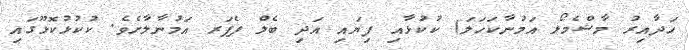
ހަދާއިރު މާޝްމެލޯ އަމުނާކަހަލަ) ކުކުޅާއި ފިޔައި އަދި ބެލް ޕެޕަރ އަމުނާލާށެވެ. ކުކުޅުކޮޅޫގައި